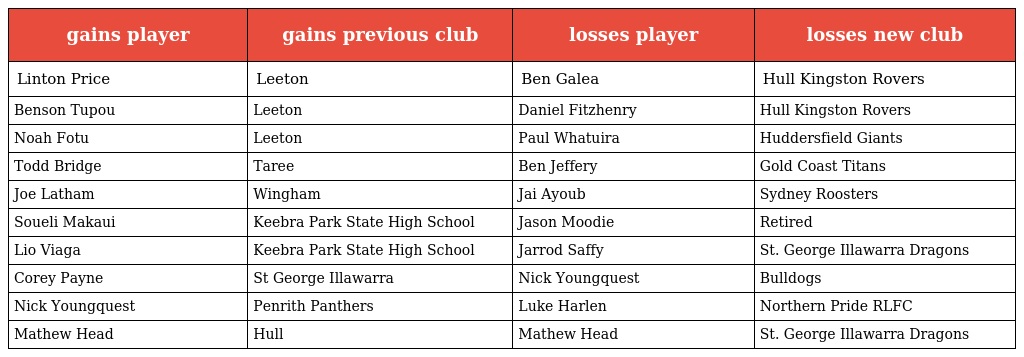
| gains player | gains previous club | losses player | losses new club |
 | --- | --- | --- | --- |
 | Linton Price | Leeton | Ben Galea | Hull Kingston Rovers |
 | Benson Tupou | Leeton | Daniel Fitzhenry | Hull Kingston Rovers |
 | Noah Fotu | Leeton | Paul Whatuira | Huddersfield Giants |
 | Todd Bridge | Taree | Ben Jeffery | Gold Coast Titans |
 | Joe Latham | Wingham | Jai Ayoub | Sydney Roosters |
 | Soueli Makaui | Keebra Park State High School | Jason Moodie | Retired |
 | Lio Viaga | Keebra Park State High School | Jarrod Saffy | St. George Illawarra Dragons |
 | Corey Payne | St George Illawarra | Nick Youngquest | Bulldogs |
 | Nick Youngquest | Penrith Panthers | Luke Harlen | Northern Pride RLFC |
 | Mathew Head | Hull | Mathew Head | St. George Illawarra Dragons |